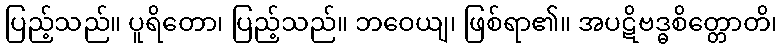
ပြည့်သည်။ ပူရိတော၊ ပြည့်သည်။ ဘဝေယျ၊ ဖြစ်ရာ၏။ အပဋိဗဒ္ဓစိတ္တောတိ၊